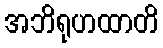
အဘိရုဟထာတိ